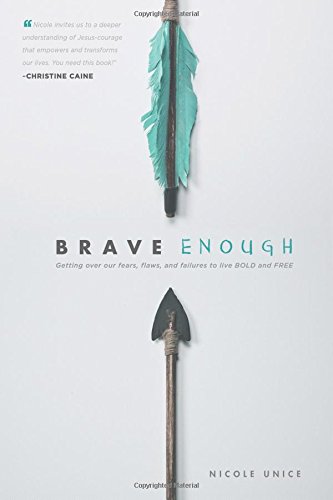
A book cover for Brave Enough: Getting Over Our Fears, Flaws, and Failures to Live Bold and Free; Nicole Unice; Self-Help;